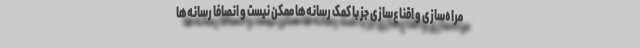
مراه‌سازی و اقناع‌سازی جز با کمک رسانه‌ها ممکن نیست و انصافا رسانه‌ها